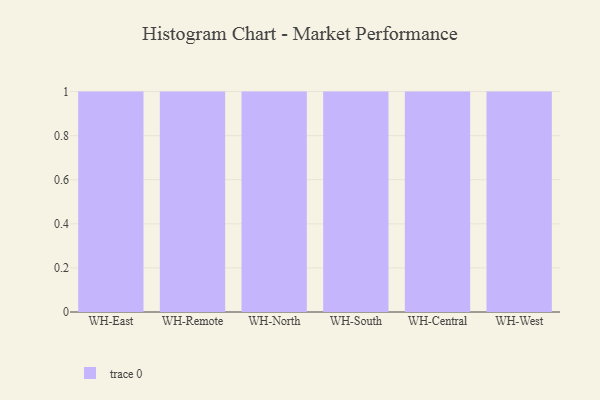
{"axis": {"x": "Warehouse", "y": "Inventory Turnover"}, "legend": [""], "data": [{"x": "WH-East", "y": 44, "type": ""}, {"x": "WH-Remote", "y": 70, "type": ""}, {"x": "WH-North", "y": 28, "type": ""}, {"x": "WH-South", "y": 73, "type": ""}, {"x": "WH-Central", "y": 28, "type": ""}, {"x": "WH-West", "y": 45, "type": ""}]}